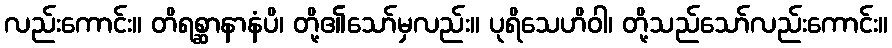
လည်းကောင်း။ တိရစ္ဆာနာနံပိ၊ တို့၏သော်မှလည်း။ ပုရိသေဟိဝါ၊ တို့သည်သော်လည်းကောင်း။